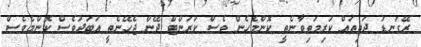
ރޭގަނޑު ދަތިތައް ކުރިމަތިވާނެތީ ކޮންމެހެން ވެސް ކަރަންޓް ދޭން ޖެހޭނެތީ އަބަދުވެސް ކޮންމެވެސް